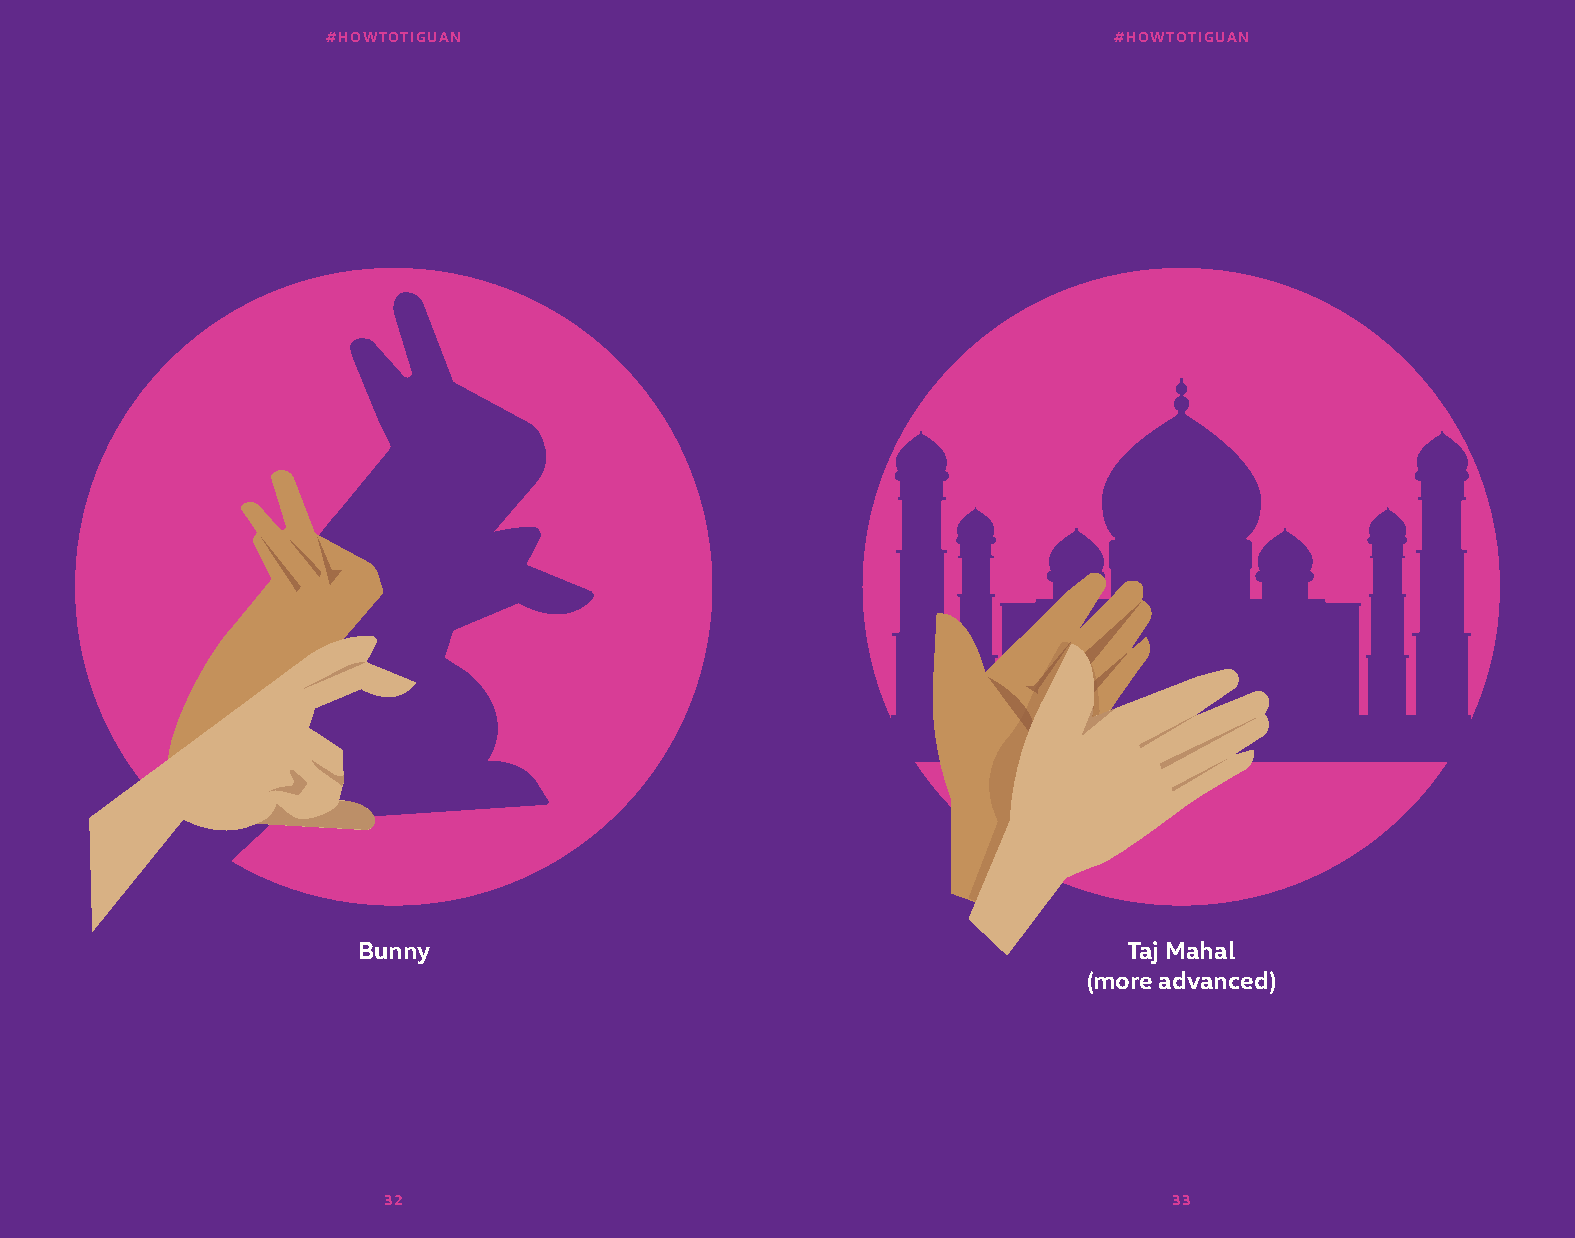
#HOWTOTIGUAN                                        #HOWTOTIGUAN
 Bunny                                              Taj Mahal
 (more advanced)
 32                                                   33